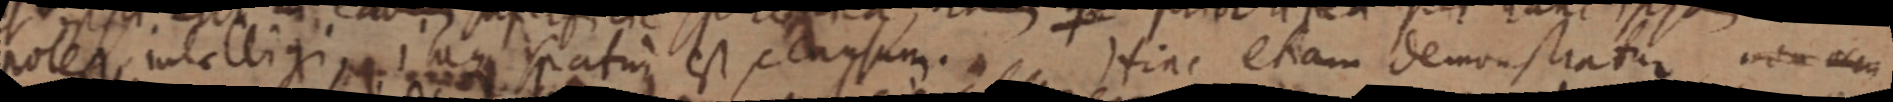
potest intelligi inque spatui est causum. Hinc etiam demonstratur non accu